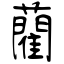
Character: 藺